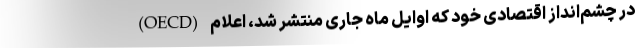
(OECD) در چشم‌انداز اقتصادی خود که اوایل ماه جاری منتشر شد، اعلام